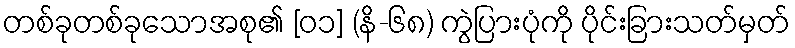
တစ်ခုတစ်ခုသောအစု၏ [၀၁] (နိ-၆၈) ကွဲပြားပုံကို ပိုင်းခြားသတ်မှတ်